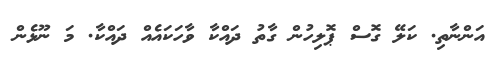
އަންނާތި. ކަލޭ ގޮސް ޕޮލިހުން ގާތު ދައްކާ ވާހަކައެއް ދައްކާ. މަ ނޫޅެން